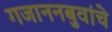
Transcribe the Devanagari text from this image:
गजाननबुवांचे